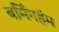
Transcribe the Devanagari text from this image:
बर्मिंगहॅम